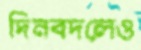
দিনবদলেও